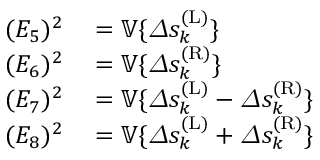
\begin{array} { r l } { ( E _ { 5 } ) ^ { 2 } } & { { } = \mathbb { V } \{ \varDelta s _ { k } ^ { ( \mathrm { L } ) } \} } \\ { ( E _ { 6 } ) ^ { 2 } } & { { } = \mathbb { V } \{ \varDelta s _ { k } ^ { ( \mathrm { R } ) } \} } \\ { ( E _ { 7 } ) ^ { 2 } } & { { } = \mathbb { V } \{ \varDelta s _ { k } ^ { ( \mathrm { L } ) } - \varDelta s _ { k } ^ { ( \mathrm { R } ) } \} } \\ { ( E _ { 8 } ) ^ { 2 } } & { { } = \mathbb { V } \{ \varDelta s _ { k } ^ { ( \mathrm { L } ) } + \varDelta s _ { k } ^ { ( \mathrm { R } ) } \} } \end{array}